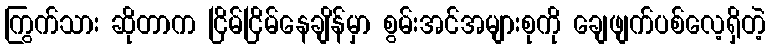
ကြွက်သား ဆိုတာက ငြိမ်ငြိမ်နေချိန်မှာ စွမ်းအင်အများစုကို ချေဖျက်ပစ်လေ့ရှိတဲ့